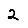
Digit: 2